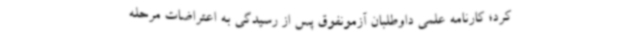
کرد؛ کارنامه علمی داوطلبان آزمونفوق پس از رسیدگی به اعتراضات مرحله